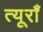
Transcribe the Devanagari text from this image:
त्यूराँ